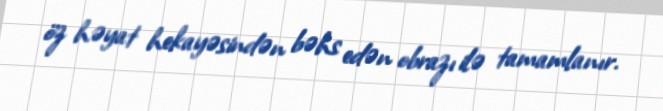
öz həyat hekayəsindən bəhs edən obrazı ilə tamamlanır.